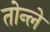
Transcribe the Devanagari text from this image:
तोन्ले